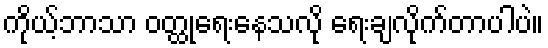
ကိုယ့်ဘာသာ ဝတ္ထုရေးနေသလို ရေးချလိုက်တာပါပဲ။